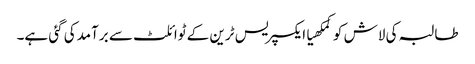
طالبہ کی لاش کوکمکھیاایکسپریس ٹرین کے ٹوائلٹ سے برآمدکی گئی ہے۔